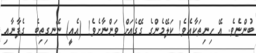
ބުންޏެވެ. އޭ ހިނިތަކާއެވެ! ކަލޭމެންގެ ގޭގެއަށް ވަންނާށެވެ! (އެއީ) ނޭނގިތިބެ  ގެފާނާއި